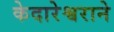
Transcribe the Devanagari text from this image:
केदारेश्वराने